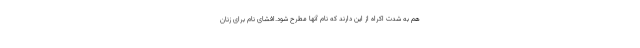
هم به شدت اکراه از این دارند که نام آنها مطرح شود.افشای نام برای زنان